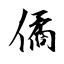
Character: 僪